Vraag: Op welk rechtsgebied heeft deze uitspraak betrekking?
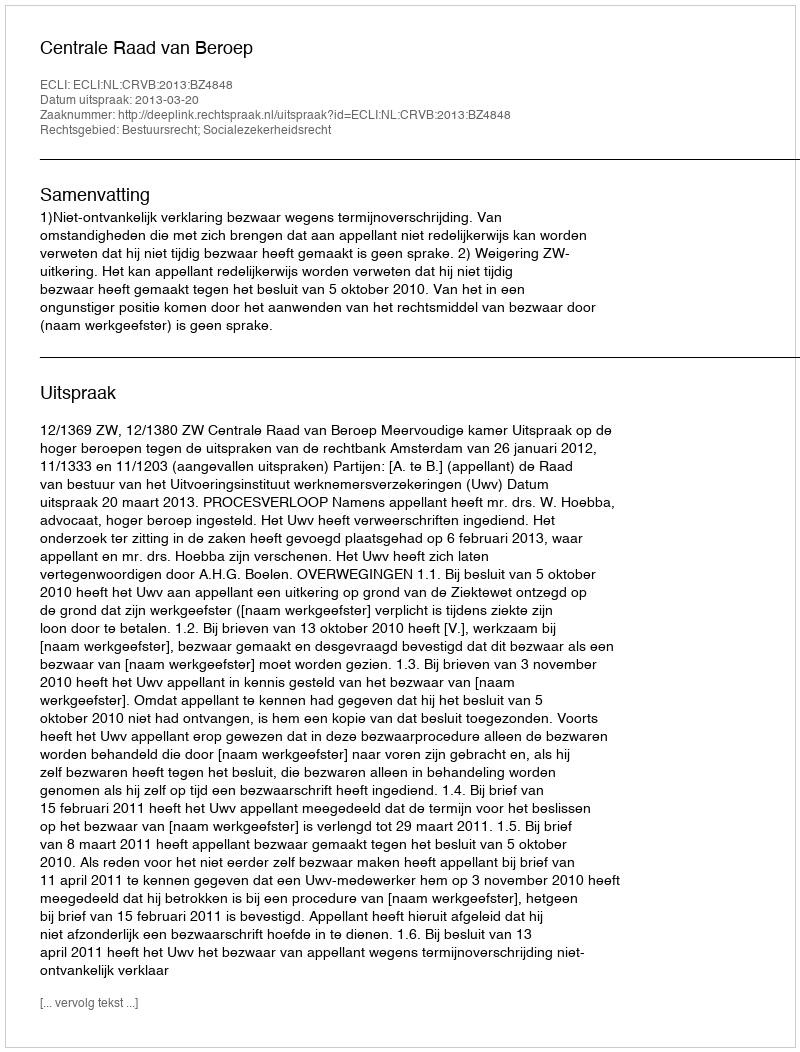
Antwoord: Bestuursrecht; Socialezekerheidsrecht